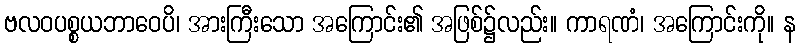
ဗလဝပစ္စယဘာဝေပိ၊ အားကြီးသော အကြောင်း၏ အဖြစ်၌လည်း။ ကာရဏံ၊ အကြောင်းကို။ န